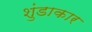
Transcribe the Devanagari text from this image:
शुंडाकार